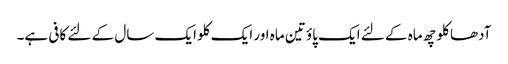
آدھا کلو چھ ماہ کے لئے ایک پاؤ تین ماہ اور ایک کلو ایک سال کے لئے کافی ہے۔